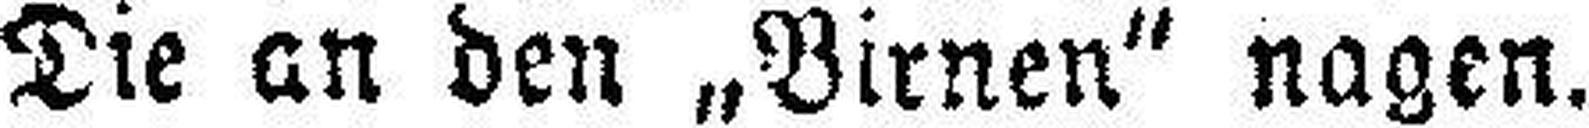
Die an den „Birnen“ nagen.